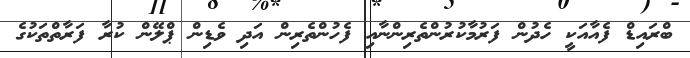
ބްރައިޑް ފެއާއަކީ ހެދުން ފަރުމާކުރުންތެރިންނާއި ފެހުންތެރިން އަދި ވެޑިން ޕްލޭން ކުރާ ފަރާތްތަކުގެ